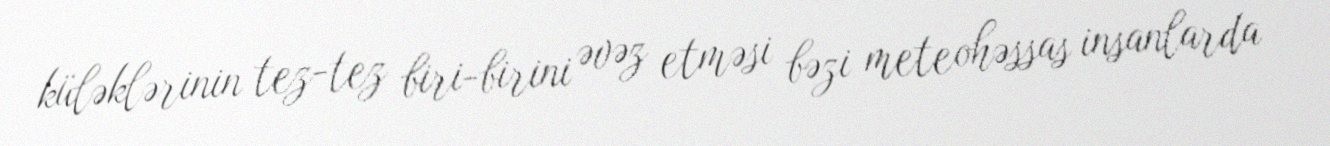
küləklərinin tez-tez biri-birini əvəz etməsi bəzi meteohəssas insanlarda